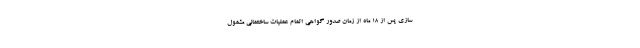
سازی پس از ۱۸ ماه از زمان صدور گواهی اتمام عملیات ساختمانی مشمول